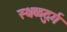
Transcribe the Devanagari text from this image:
स्थळदुर्ग